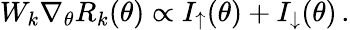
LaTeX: \begin{array}{r}{W_{k}\nabla_{\theta}R_{k}(\theta)\propto I_{\uparrow}(\theta)+I_{\downarrow}(\theta)\, .}\end{array}